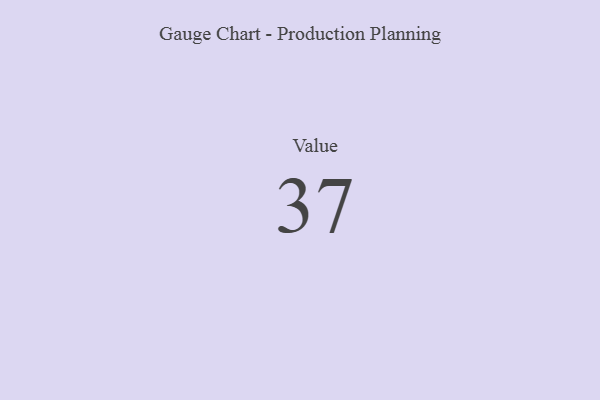
{"axis": {"x": "Metric", "y": "Value"}, "legend": [""], "data": [{"x": "Value", "y": 37, "type": ""}]}